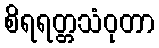
စိရရတ္တသံဝုတာ